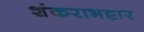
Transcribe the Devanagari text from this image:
शंकराभट्टार